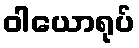
ဝါယောရုပ်